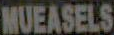
MUEASELS